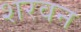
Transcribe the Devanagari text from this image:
शरवन